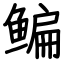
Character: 鳊